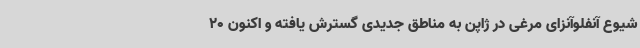
شیوع آنفلوآنزای مرغی در ژاپن به مناطق جدیدی گسترش یافته و اکنون 20